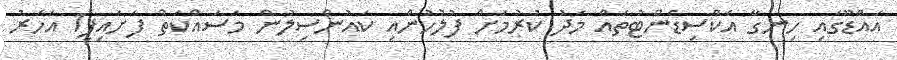
އައްޑޫގައި ހިނގާ އެކްސިޑެންޓުތައް މަދު ކުރުމަށް ފުލުހުންއި ކައުންސިލުން މަސައްކަތް ފަށައިފި1 އަހަރު